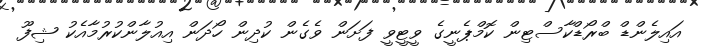
އައިލެންޑް ބްރޯޑްކާސްޓިން ކޮމްޕެނީގެ ވީޓީވީ ފަށަން ވެގެން ކުދިން ހޯދަން އިއުލާންކުރުމާއެކު ޝިފޫ